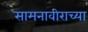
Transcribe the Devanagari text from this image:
सामनावीराच्या